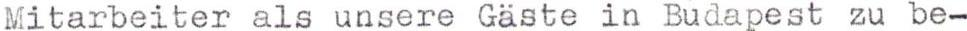
Mitarbeiter als unsere Gaste in Budapest zu be-